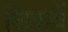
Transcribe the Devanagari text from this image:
शिकवें